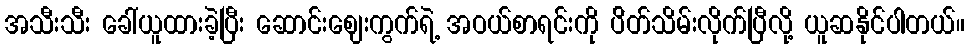
အသီးသီး ခေါ်ယူထားခဲ့ပြီး ဆောင်းဈေးကွက်ရဲ့ အဝယ်စာရင်းကို ပ်ိတ်သိမ်းလိုက်ပြီလို့ ယူဆနိုင်ပါတယ်။